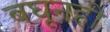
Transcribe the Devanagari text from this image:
बघूनही